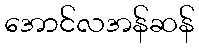
အောင်လအန်ဆန်